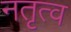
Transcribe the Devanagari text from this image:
नतृत्व